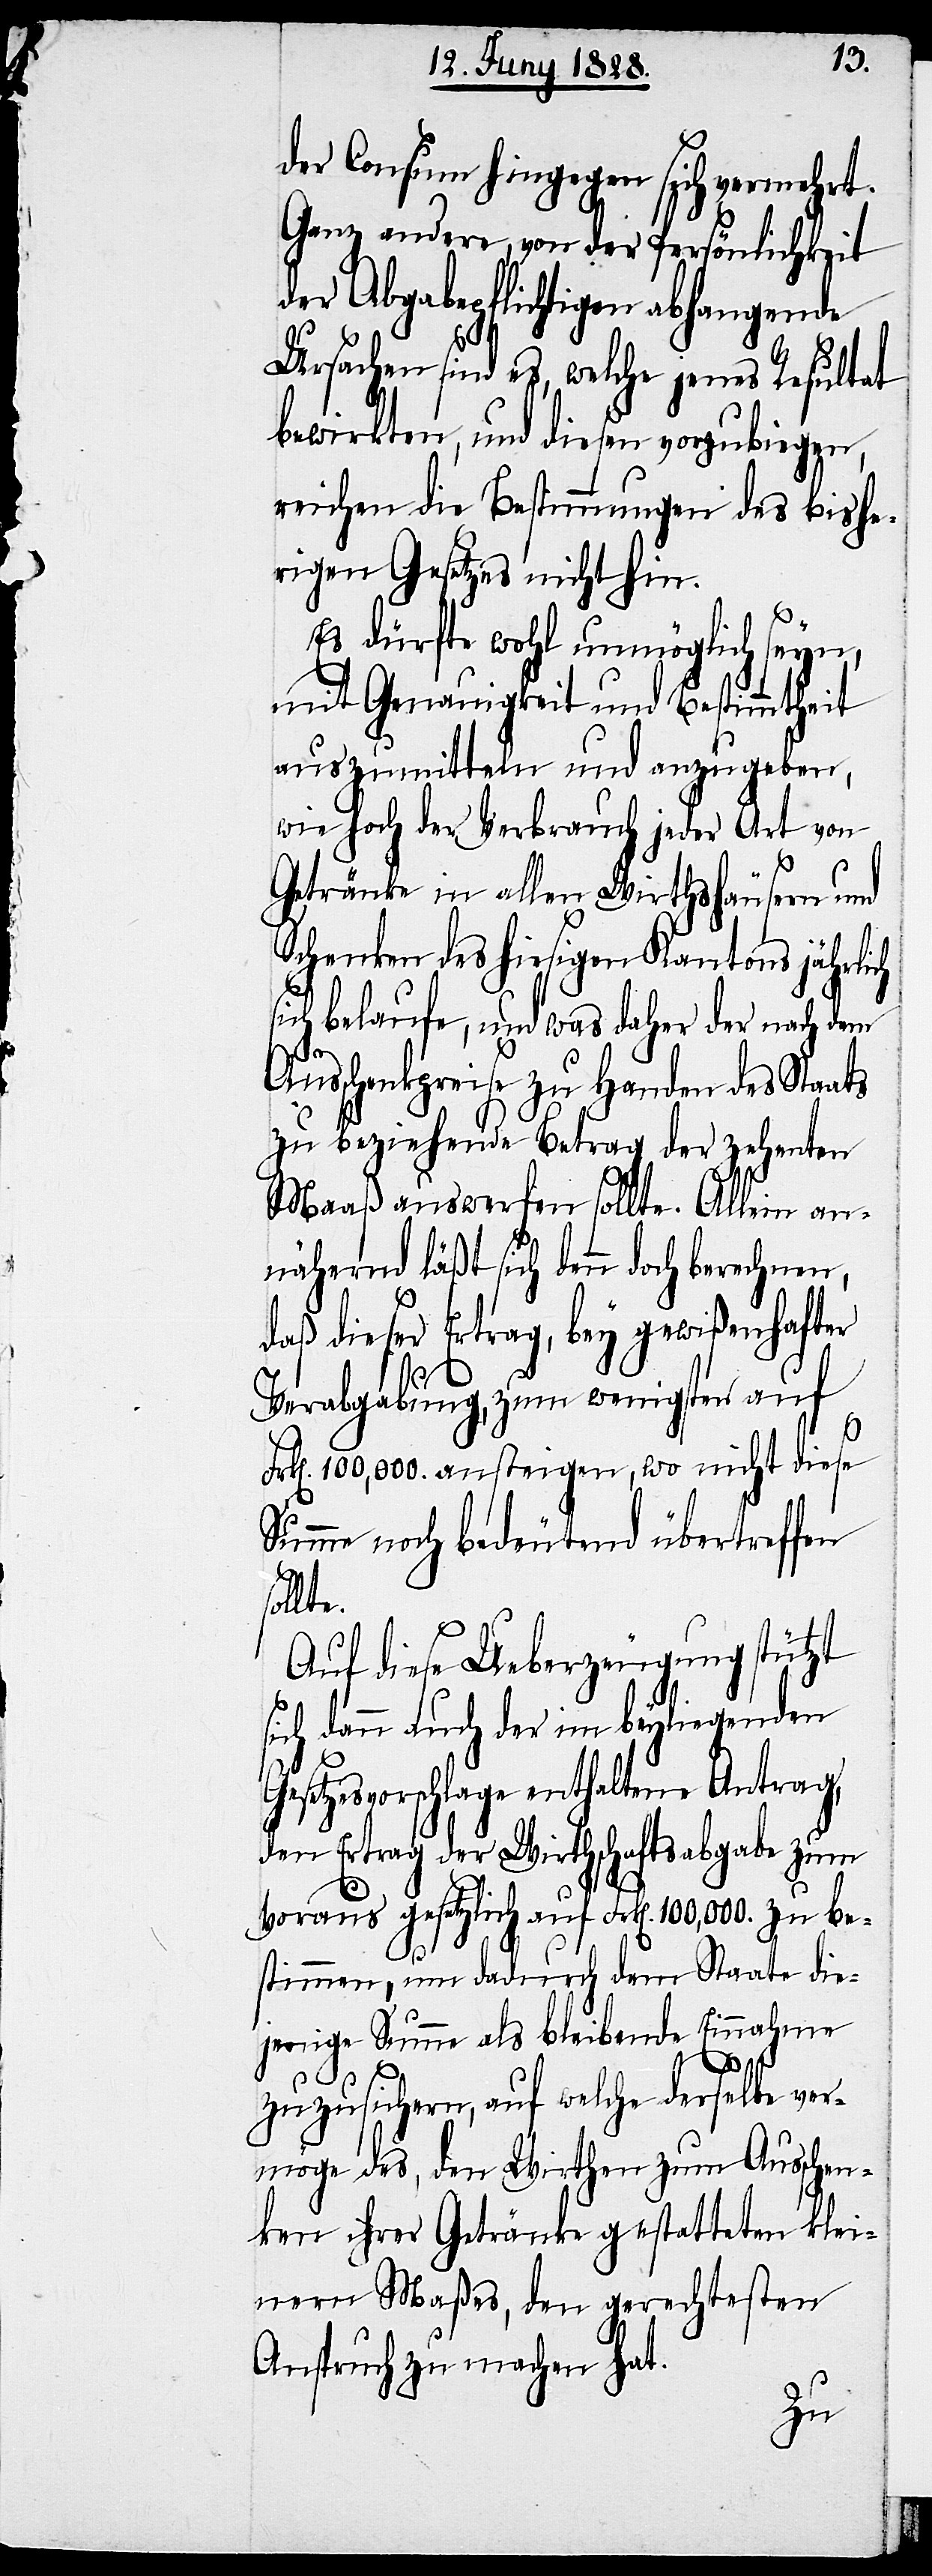
der Consum hingegen sich vermehrt.
Ganz andere, von der Persönlichkeit
der Abgabepflichtigen abhangende
Ursachen sind es, welche jenes Resultat
bewirkten, und diesen vorzubiegen,
reichen die Bestimmungen des bishe¬
rigen Gesetzes nicht hin.
Es dürfte wohl unmöglich seyn,
mit Genauigkeit und Bestimmtheit
auszumitteln und anzugeben,
wie hoch der Verbrauch jeder Art von
Getränke in allen Wirthshäusern und
Schenken des hiesigen Kantons jährlich
F¬
sich belaufe, und was daher der nach dem
Ausschenkpreise zu Handen des Staats
zu beziehende Betrag der zehenten
Maaß auswerfen sollte. Allein an¬
nähernd läßt sich dann doch ber¬
daß dieser Ertrag, bey gewißenhafter
Verabgabung, zum wenigsten auf
rk[en]. 100,000. ansteigen, wo nicht diese
Summe noch bedeutend übertreffen
Auf diese Ueberzeugung stützt
sich dann auch der im beyliegenden
Gesetzesvorschlage enthaltene Antrag,
den Ertrag der Wirthschaftsabgabe zum
voraus gesetzlich auf Frk[en]. 100,000. zu be¬
stimmen, um dadurch dem Staate die¬
jenige Summe als bleibende Einnahme
sollte.
zuzusichern, auf welche derselbe ver¬
möge des, den Wirthen zum Ausschen¬
ken ihrer Getränke gestatteten klei¬
nern Maßes, den gerechtesten
Anspruch zu machen hat.